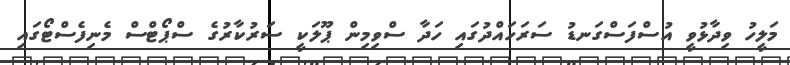
މަލީހު ވިދާޅުވީ އުސްފަސްގަނޑު ސަރަހައްދުގައި ހަދާ ސްވިމިން ޕޫލަކީ ސަރުކާރުގެ ސްޕޯޓްސް މެނިފެސްޓޯގައި